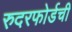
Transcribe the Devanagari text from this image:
रुदरफोर्डची